38_143685_box7_Incident_Summaries_1-100
Agency: Department of War
Page 104
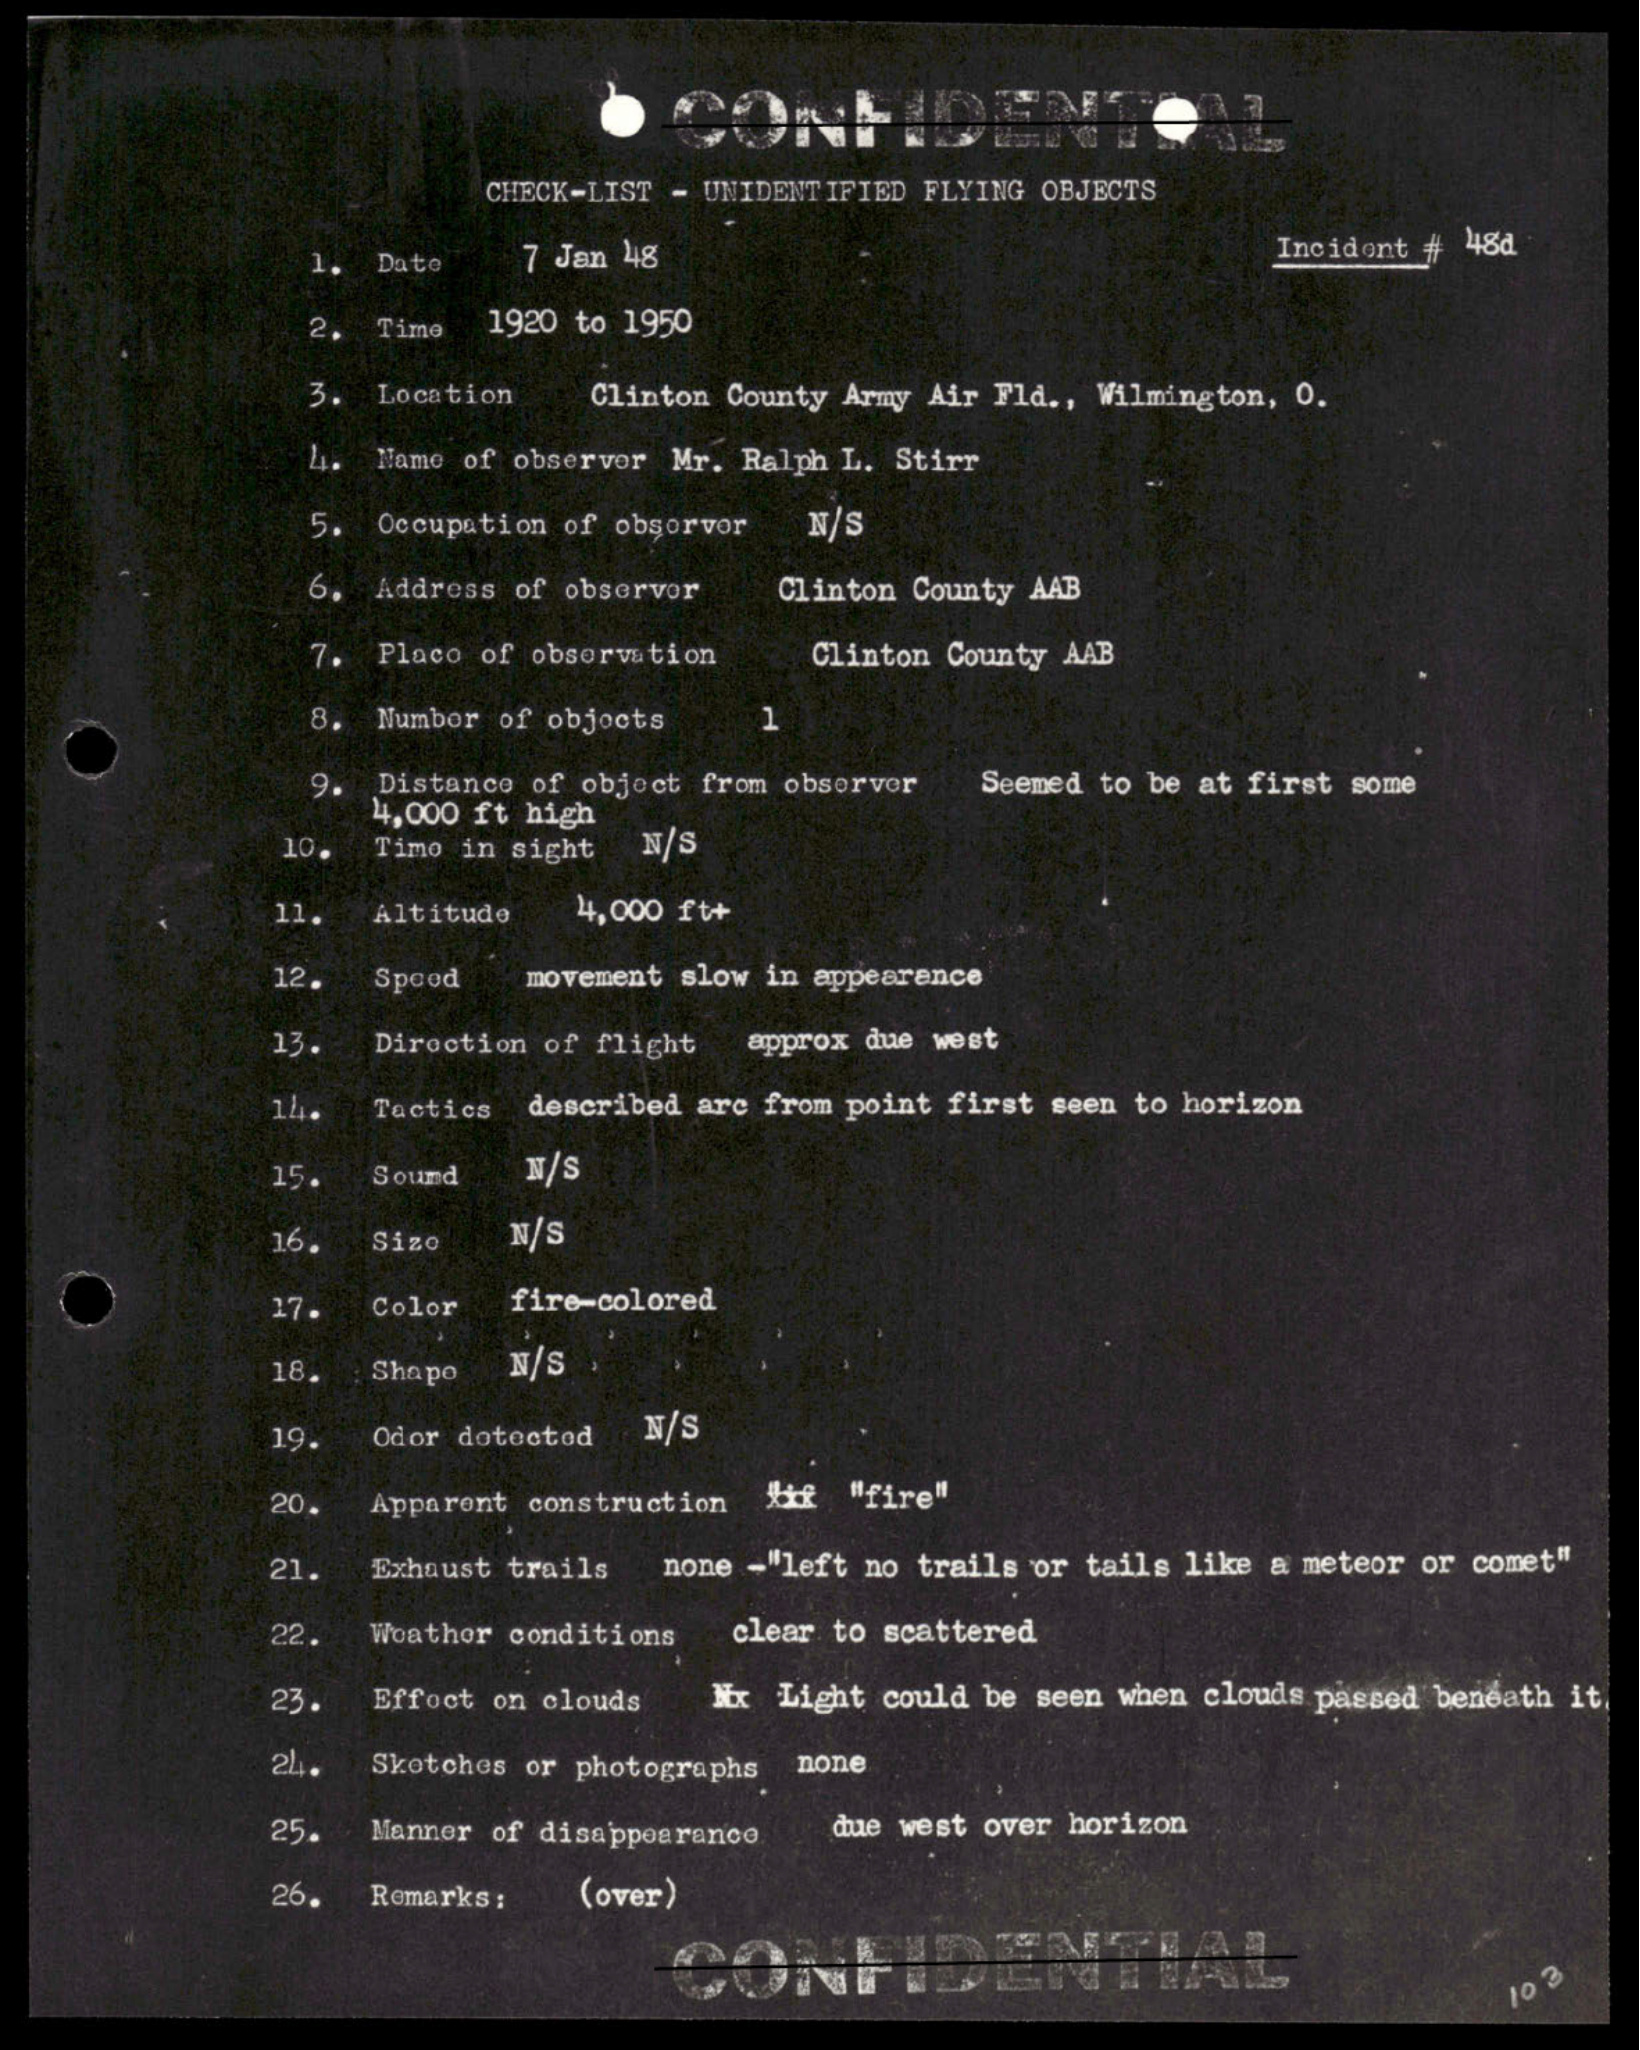